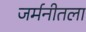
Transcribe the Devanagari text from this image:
जर्मनीतला